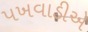
પખવાડીએ